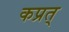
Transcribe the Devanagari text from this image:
कप्रत्